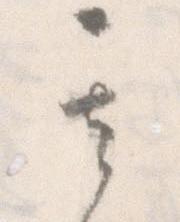
其